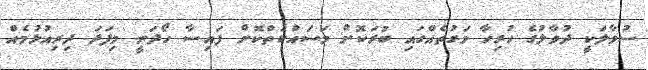
ސުވާލަކީ ދުވާލުގެ ހުރިހާ ވަގުތެއްގައި ބުރަކޮށް މަސައްކަތްކޮށް ފައިސާ ހޯދަނީ މިފަދަ ދިރިއުޅުމެއް